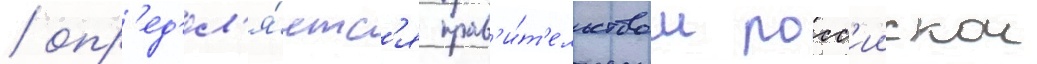
/ опр'ед'ел'я́етс'я прав'и́т'ельством росс'иискои